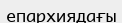
епархиядағы